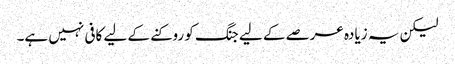
لیکن یہ زیادہ عرصے کے لیے جنگ کو روکنے کے لیے کافی نہیں ہے۔